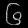
Digit: ၆